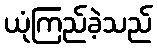
ယုံကြည်ခဲ့သည်